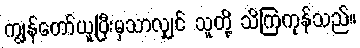
ကျွန်တော်ယူပြီးမှသာလျှင် သူတို့ သိကြကုန်သည်။